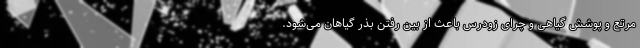
مرتع و پوشش گیاهی و چرای زودرس باعث از بین رفتن بذر گیاهان می‌شود.